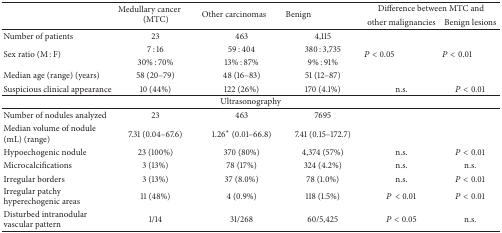
<table><thead><tr><td rowspan="2"></td><td rowspan="2"><b>Medullary cancer(MTC)</b></td><td rowspan="2"><b>Other carcinomas</b></td><td rowspan="2"><b>Benign</b></td><td colspan="2"><b>Difference between MTC and</b></td></tr><tr><td><b>other malignancies</b></td><td><b>Benign lesions</b></td></tr></thead><tbody><tr><td>Number of patients</td><td>23</td><td>463</td><td>4,115</td><td> </td><td> </td></tr><tr><td rowspan="2">Sex ratio (M : F)</td><td>7 : 16</td><td>59 : 404</td><td>380 : 3,735</td><td rowspan="2"><i>P</i> &lt; 0.05</td><td rowspan="2"><i>P</i> &lt; 0.01</td></tr><tr><td>30% : 70%</td><td>13% : 87%</td><td>9% : 91%</td></tr><tr><td>Median age (range) (years)</td><td>58 (20–79)</td><td>48 (16–83)</td><td>51 (12–87)</td><td> </td><td> </td></tr><tr><td>Suspicious clinical appearance</td><td>10 (44%)</td><td>122 (26%)</td><td>170 (4.1%)</td><td>n.s.</td><td><i>P</i> &lt; 0.01</td></tr><tr><td colspan="6">Ultrasonography</td></tr><tr><td>Number of nodules analyzed</td><td>23</td><td>463</td><td>7695</td><td> </td><td> </td></tr><tr><td>Median volume of nodule (mL) (range)</td><td>7.31 (0.04–67.6)</td><td>1.26* (0.01–66.8)</td><td>7.41 (0.15–172.7)</td><td> </td><td> </td></tr><tr><td>Hypoechogenic nodule</td><td>23 (100%)</td><td>370 (80%)</td><td>4,374 (57%)</td><td>n.s.</td><td><i>P</i> &lt; 0.01</td></tr><tr><td>Microcalcifications</td><td>3 (13%)</td><td>78 (17%)</td><td>324 (4.2%)</td><td>n.s.</td><td>n.s.</td></tr><tr><td>Irregular borders</td><td>3 (13%)</td><td>37 (8.0%)</td><td>78 (1.0%)</td><td>n.s.</td><td><i>P</i> &lt; 0.01</td></tr><tr><td>Irregular patchy hyperechogenic areas</td><td>11 (48%)</td><td>4 (0.9%)</td><td>118 (1.5%)</td><td><i>P</i> &lt; 0.01</td><td><i>P</i> &lt; 0.01</td></tr><tr><td>Disturbed intranodular vascular pattern </td><td>1/14</td><td>31/268</td><td>60/5,425</td><td><i>P</i> &lt; 0.05</td><td>n.s.</td></tr></tbody></table>